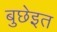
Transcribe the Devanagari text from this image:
बुछेइत